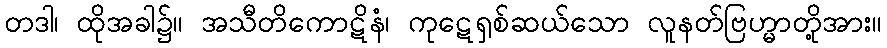
တဒါ၊ ထိုအခါ၌။ အသီတိကောဋိနံ၊ ကုဋေရှစ်ဆယ်သော လူနတ်ဗြဟ္မာတို့အား။